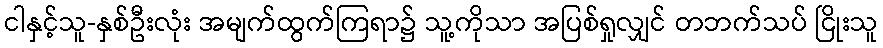
ငါနှင့်သူ-နှစ်ဦးလုံး အမျက်ထွက်ကြရာ၌ သူ့ကိုသာ အပြစ်ရှုလျှင် တဘက်သပ် ငြိုးသူ